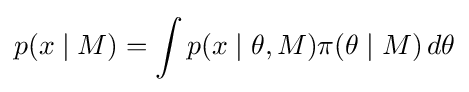
p(x\mid M)=\int p(x\mid \theta ,M)\pi (\theta \mid M)\,d\theta